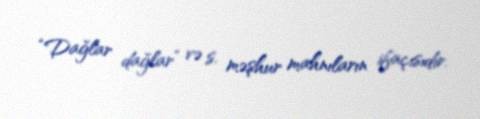
“Dağlar dağlar” və s. məşhur mahnıların ifaçısıdır.